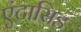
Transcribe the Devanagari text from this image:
एंटासिड